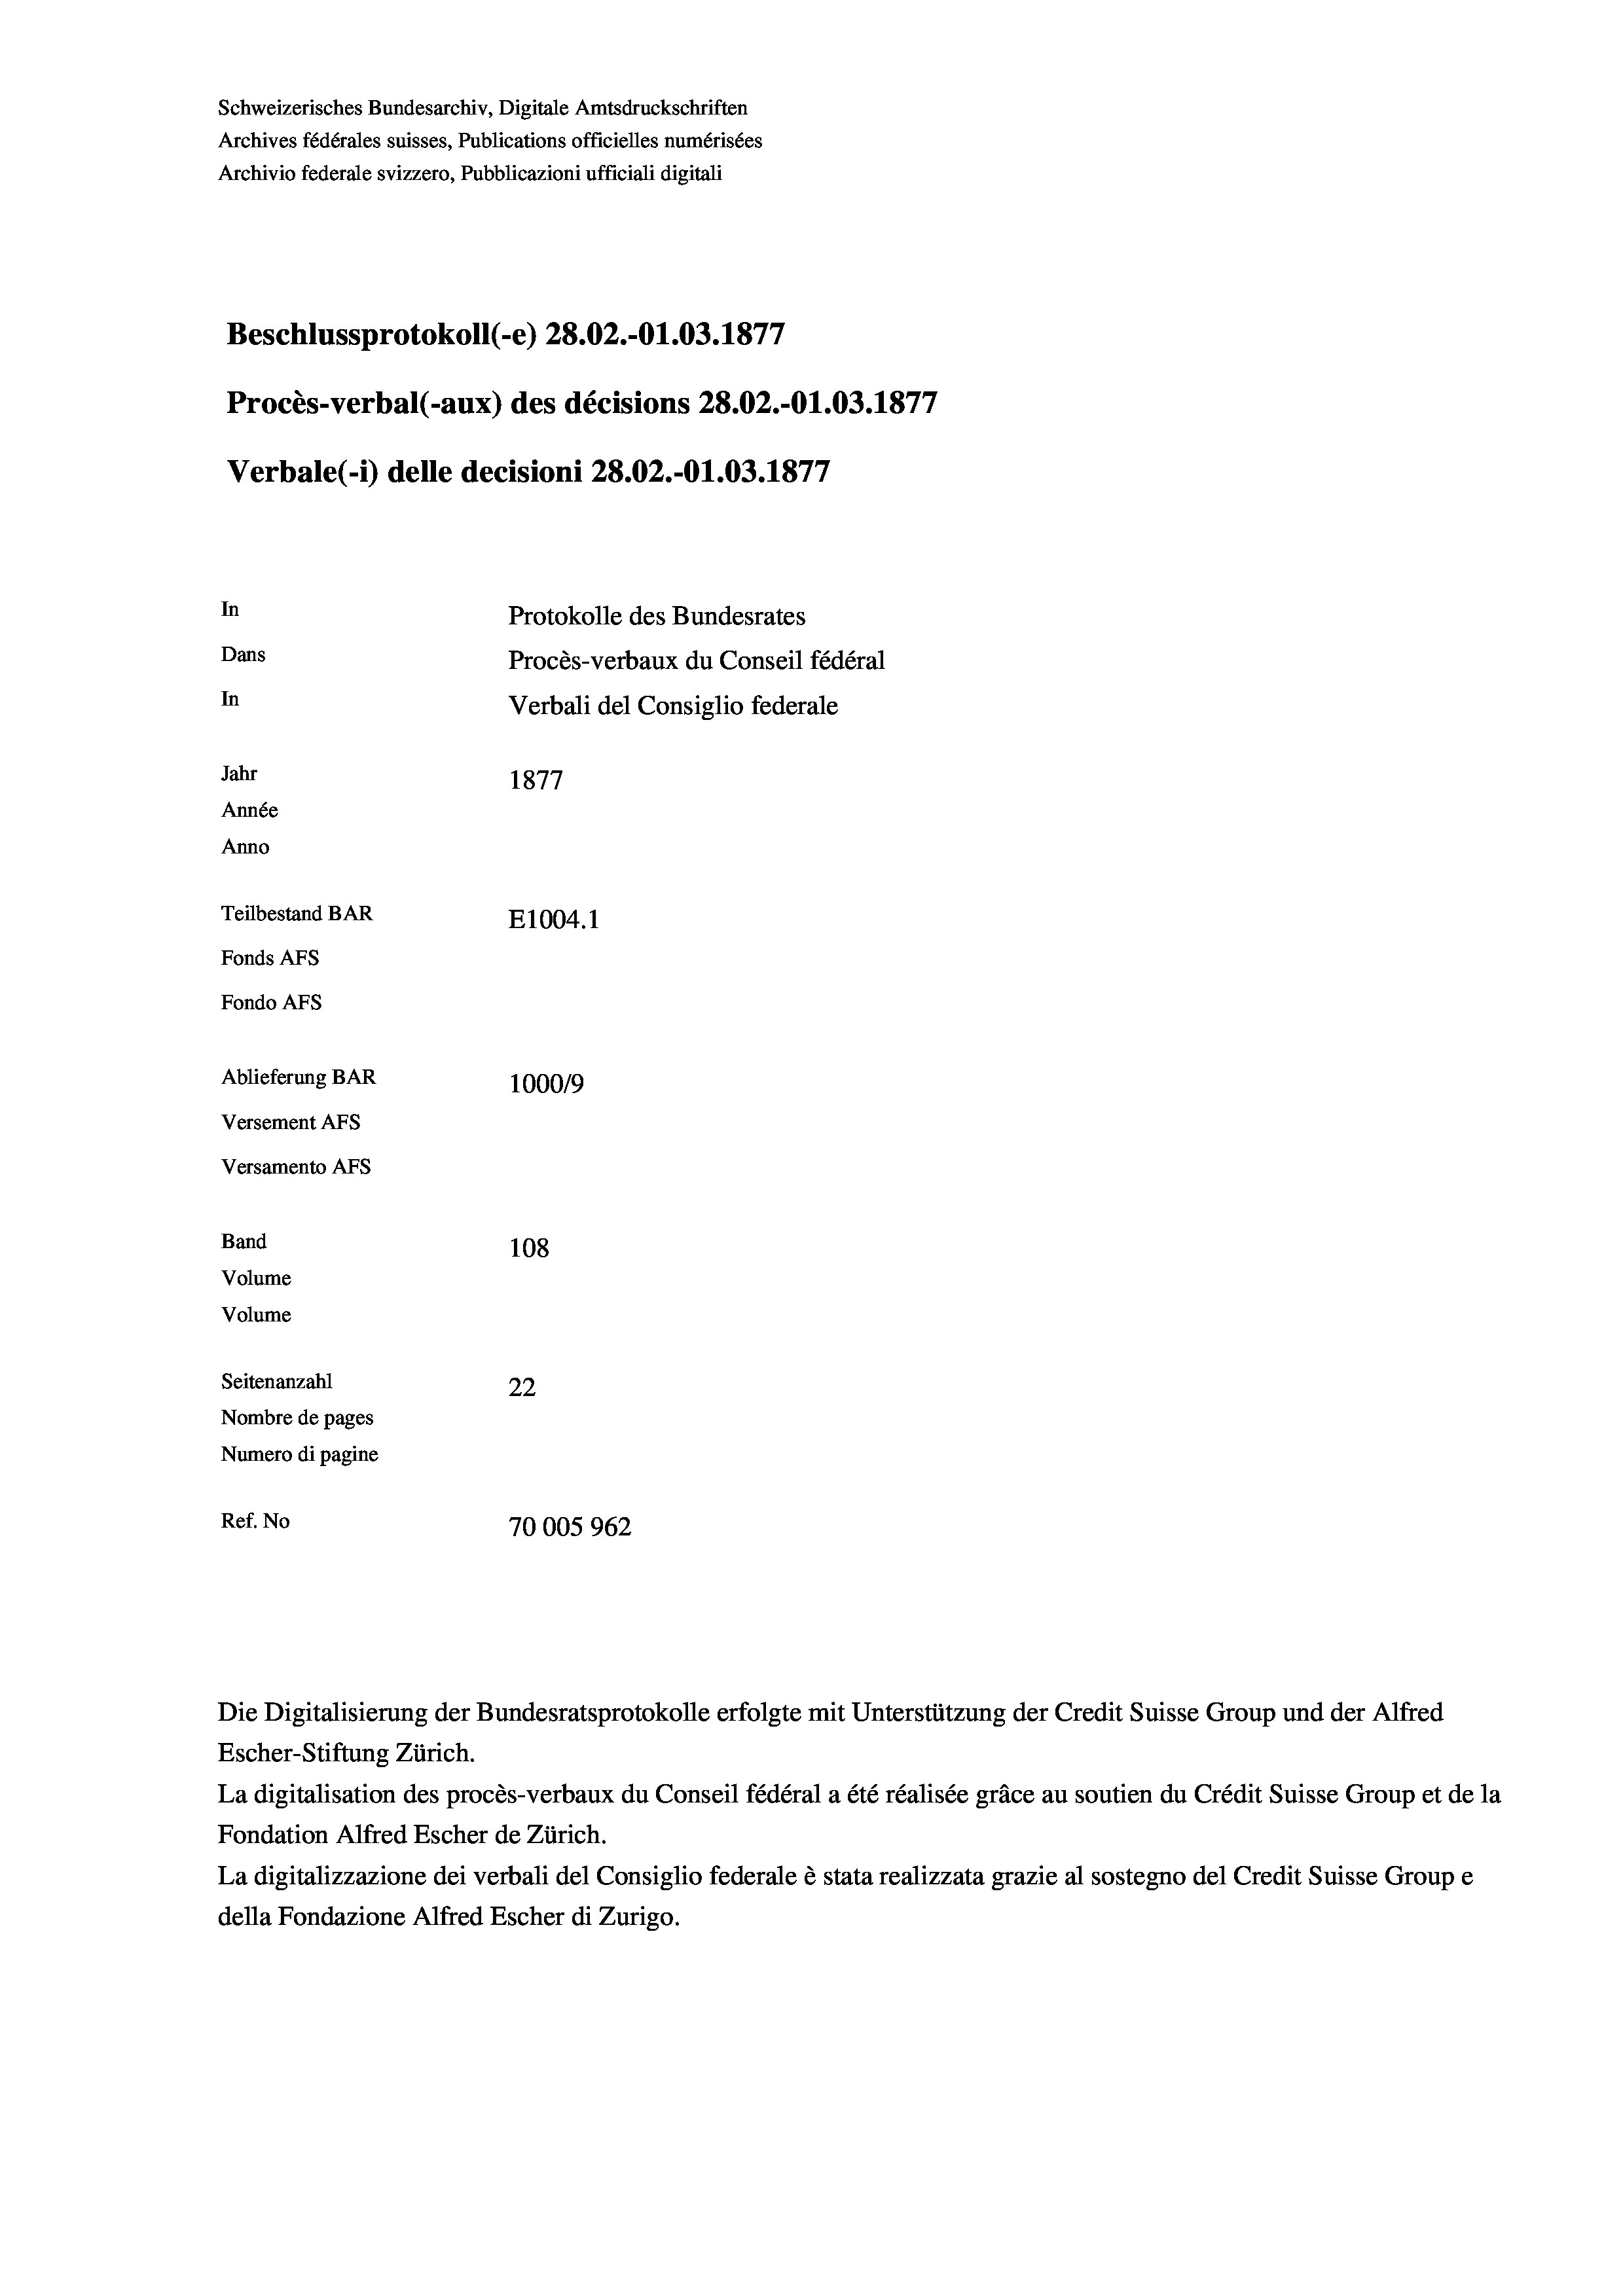
Schweizerisches Bundesarchiv, Digitale Amtsdruckschriften
Archives fédérales suisses, Publications officielles numérisées
Archivio federale svizzero, Pubblicazioni ufficiali digitali
Beschlussprotokoll (-e) 28.02.-O1.03. 1877
Procès-verbal (-aux) des décisions 28.02.-Ol.03. 1877
Verbale (i) delle decisioni 28.02.-Ol.03. 1877
In
Protokolle des Bundesrates
Dans
Procès-verbaux du Conseil fédéral
In
Verbali del Consiglio federale
Jahr
1877
Année
Anno
Teilbestand BAR
E1004.1
Fonds Afs
Fondo AFs
Ablieferung BAR
100019
Versement AFs
Versamento Afs
Band
108
Volume
Volume
Seitenanzahl
22
Nombre de pages
Numero di pagine
Ref. No
70005962

Escher-Stiftung Zürich.
La digitalisation des procès-verbaux du Conseil fédéral a été réalisée gräce au soutien du Crédit Suisse Group et de la
Fondation Alfred Escher de Zürich.
La digitalizzazione dei verbali del Consiglio federale è stata realizzata grazie al sostegno del Credit Suisse Groupe
della Fondazione Alfred Escher di Zurigo.

Die Digitalisierung der Bundesratsprotokolle erfolgte mit Unterstützung der Credit Suisse Group und der Alfred